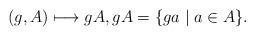
LaTeX: \begin{align*}(g, A)\longmapsto gA, gA=\{ga\mid a\in A\}.\end{align*}